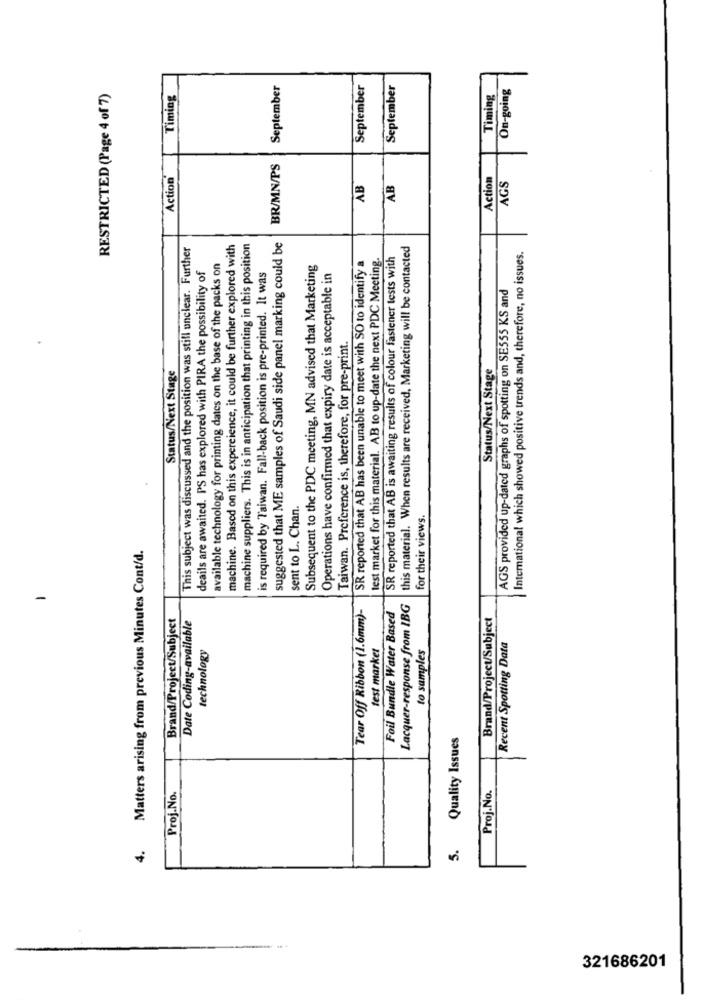
September
September
September
On-going
RESTRICTED (Page 4 of 7)
Timing
Timing
BR/MN/PS
Action
Action
AB
AB
AGS
This subject was discussed and the position was still unclear. Further
machine. Based on this experience, it could be further explored with
machine suppliers. This is in anticipation that printing in this position
suggested that ME samples of Saudi side panel marking could be
this material. When results are received, Marketing will be contacted
SR reported that AB has been unable to meet with SO to identify a
test market for this material. AB to up-date the next PDC Meeting.
SR reported that AB is awaiting results of colour fastener tests with
International which showed positive trends and, therefore, no issues.
available technology for printing dates on the base of the packs on
Subsequent to the PDC meeting, MN advised that Marketing
deails are awaited. PS has explored with PIRA the possibility of
is required by Taiwan. Fall-back position is pre-printed. It was
Operations have confirmed that expiry date is acceptable in
AGS provided up-dated graphs of spotting on SE555 KS and
Taiwan. Preference is, therefore, for pre-print.
Status/Next Stage
Status/Next Stage
sent to L. Chan.
for their views.
Matters arising from previous Minutes Cont/d.
Lacquer-response from IBG
Brand/Project/Subject
Date Coding-available
Tear Off Ribbon (1.6mm)-
Foil Bundle Water Based
Brand/Project/Subject
technology
test market
to samples
Recent Spotting Data
Quality Issues
Proj.No.
Proj.No.
5.
4.
321686201